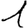
Digit: 1